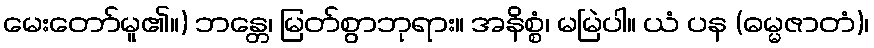
မေးတော်မူ၏။) ဘန္တေ၊ မြတ်စွာဘုရား။ အနိစ္စံ၊ မမြဲပါ။ ယံ ပန (ဓမ္မဇာတံ)၊